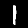
Digit: 1